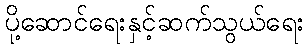
ပို့ဆောင်ရေးနှင့်ဆက်သွယ်ရေး